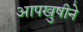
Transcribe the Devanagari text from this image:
आपखुषीने